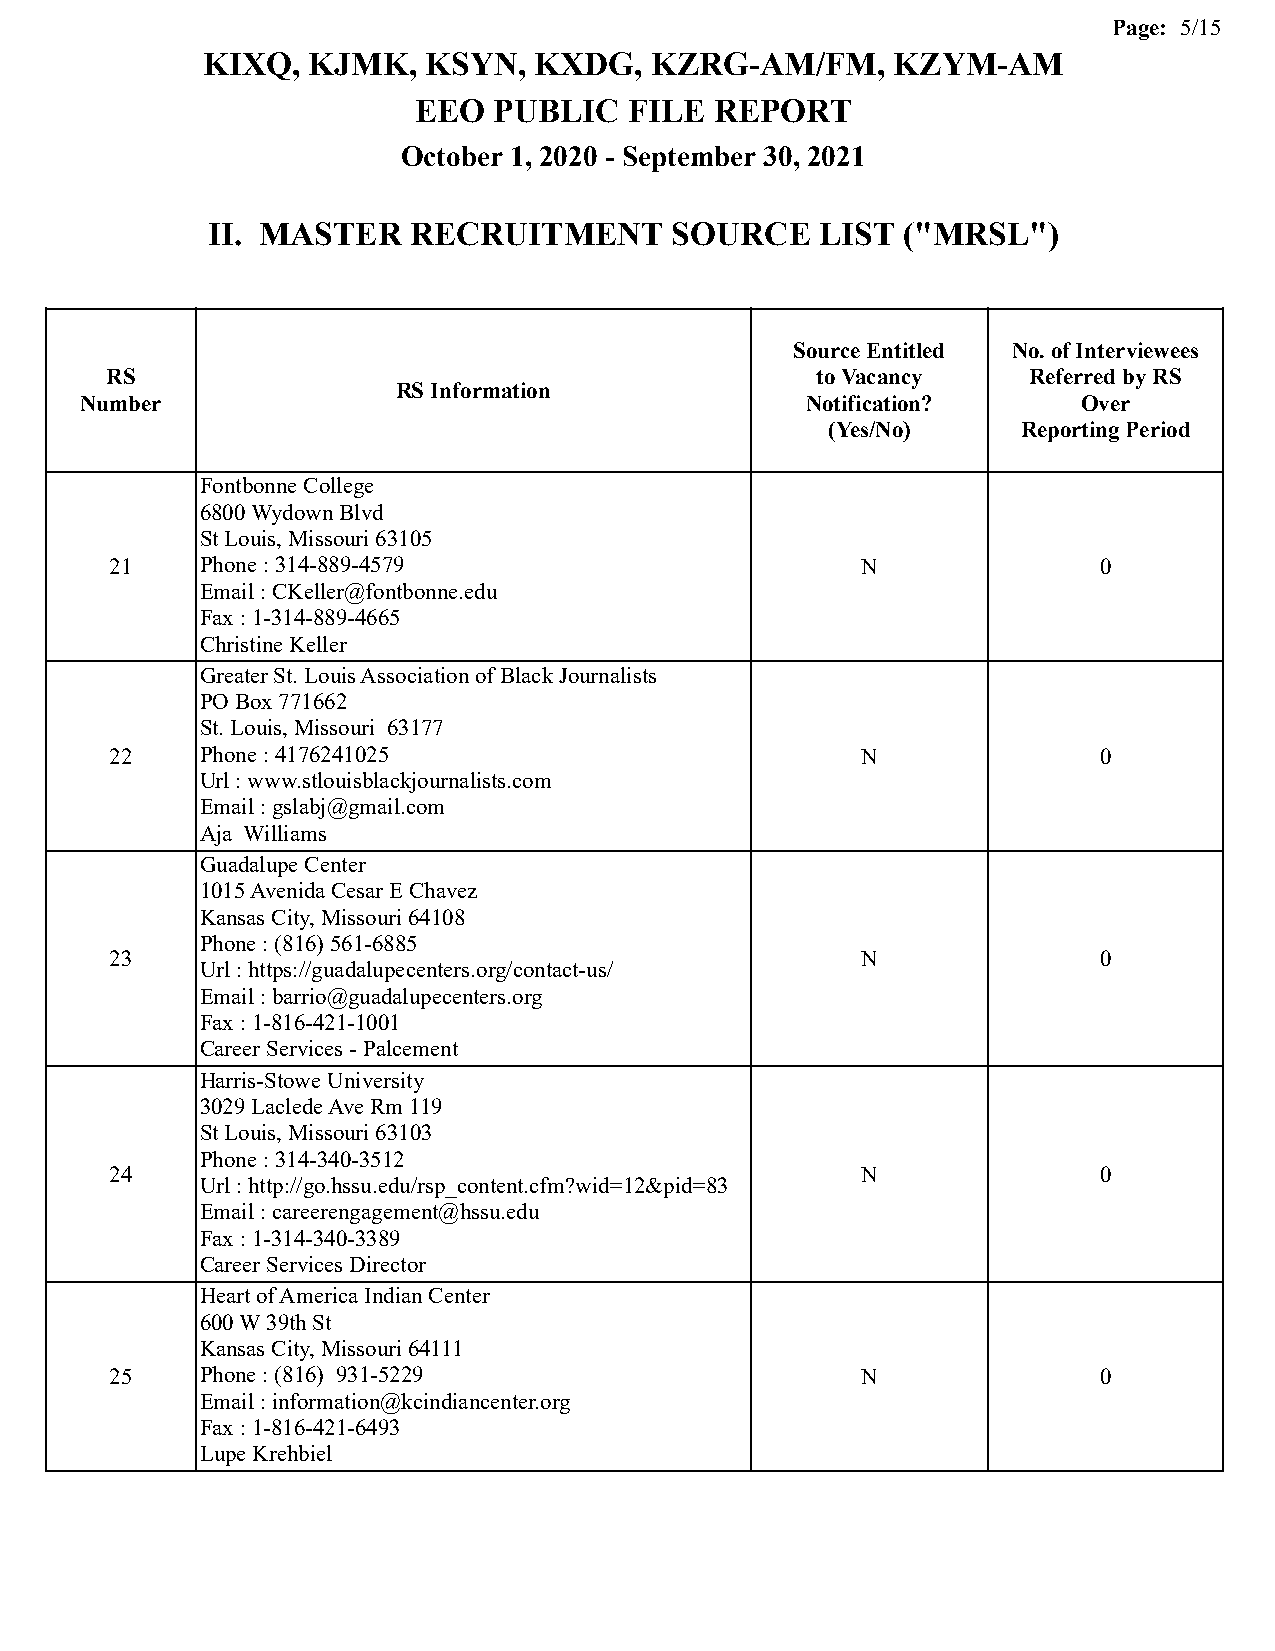
Page: 5/15
 KIXQ,  KJMK,   KSYN,  KXDG,   KZRG-AM/FM,     KZYM-AM
 EEO   PUBLIC   FILE REPORT
 October 1, 2020 - September 30, 2021
 II. MASTER   RECRUITMENT       SOURCE   LIST  ("MRSL")
 Source Entitled No. of Interviewees
 RS                                             to Vacancy    Referred by RS
 RS Information
 Number                                          Notification?      Over
 (Yes/No)     Reporting Period
 Fontbonne College
 6800 Wydown Blvd
 St Louis, Missouri 63105
 21    Phone : 314-889-4579                        N               0
 Email : CKeller@fontbonne.edu
 Fax : 1-314-889-4665
 Christine Keller
 Greater St. Louis Association of Black Journalists
 PO Box 771662
 St. Louis, Missouri 63177
 22    Phone : 4176241025                          N               0
 Url : www.stlouisblackjournalists.com
 Email : gslabj@gmail.com
 Aja Williams
 Guadalupe Center
 1015 Avenida Cesar E Chavez
 Kansas City, Missouri 64108
 Phone : (816) 561-6885
 23                                                N               0
 Url : https://guadalupecenters.org/contact-us/
 Email : barrio@guadalupecenters.org
 Fax : 1-816-421-1001
 Career Services - Palcement
 Harris-Stowe University
 3029 Laclede Ave Rm 119
 St Louis, Missouri 63103
 Phone : 314-340-3512
 24                                                N               0
 Url : http://go.hssu.edu/rsp_content.cfm?wid=12&pid=83
 Email : careerengagement@hssu.edu
 Fax : 1-314-340-3389
 Career Services Director
 Heart of America Indian Center
 600 W 39th St
 Kansas City, Missouri 64111
 25    Phone : (816) 931-5229                      N               0
 Email : information@kcindiancenter.org
 Fax : 1-816-421-6493
 Lupe Krehbiel